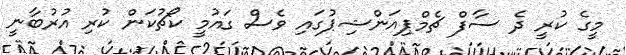
މީގެ ކުރީ ދެ ސާފް ޗެމްޕިއަންޝިޕުގައި ވެސް ގައުމީ ކޯޗުކަން ކުރި އުރުބާނީ